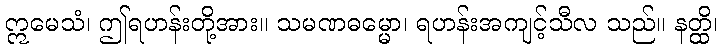
ဣမေသံ၊ ဤရဟန်းတို့အား။ သမဏဓမ္မော၊ ရဟန်းအကျင့်သီလ သည်။ နတ္ထိ၊